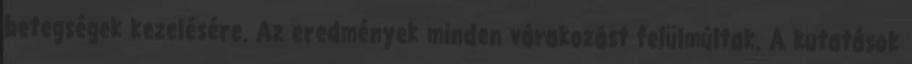
betegségek kezelésére. Az eredmények minden várakozást felülmúltak. A kutatások